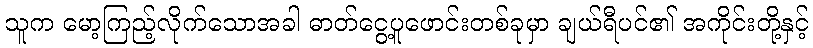
သူက မော့ကြည့်လိုက်သောအခါ ဓာတ်ငွေ့ပူဖောင်းတစ်ခုမှာ ချယ်ရီပင်၏ အကိုင်းတို့နှင့်